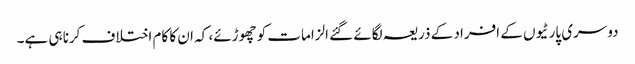
دوسری پارٹیوں کے افراد کے ذریعہ لگائے گئے الزامات کو چھوڑئے، کہ ان کا کام اختلاف کرنا ہی ہے۔